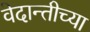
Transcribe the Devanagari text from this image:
वेदान्तीच्या